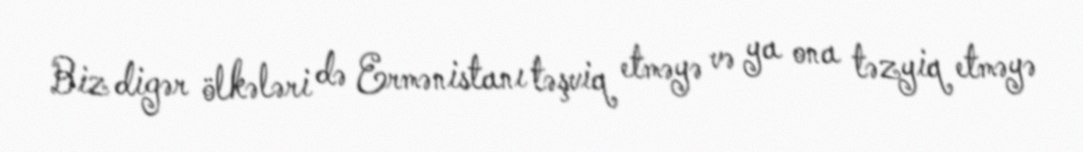
Biz digər ölkələri də Ermənistanı təşviq etməyə və ya ona təzyiq etməyə